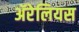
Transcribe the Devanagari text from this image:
ॲरेलियस